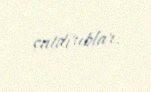
çatdırıblar.